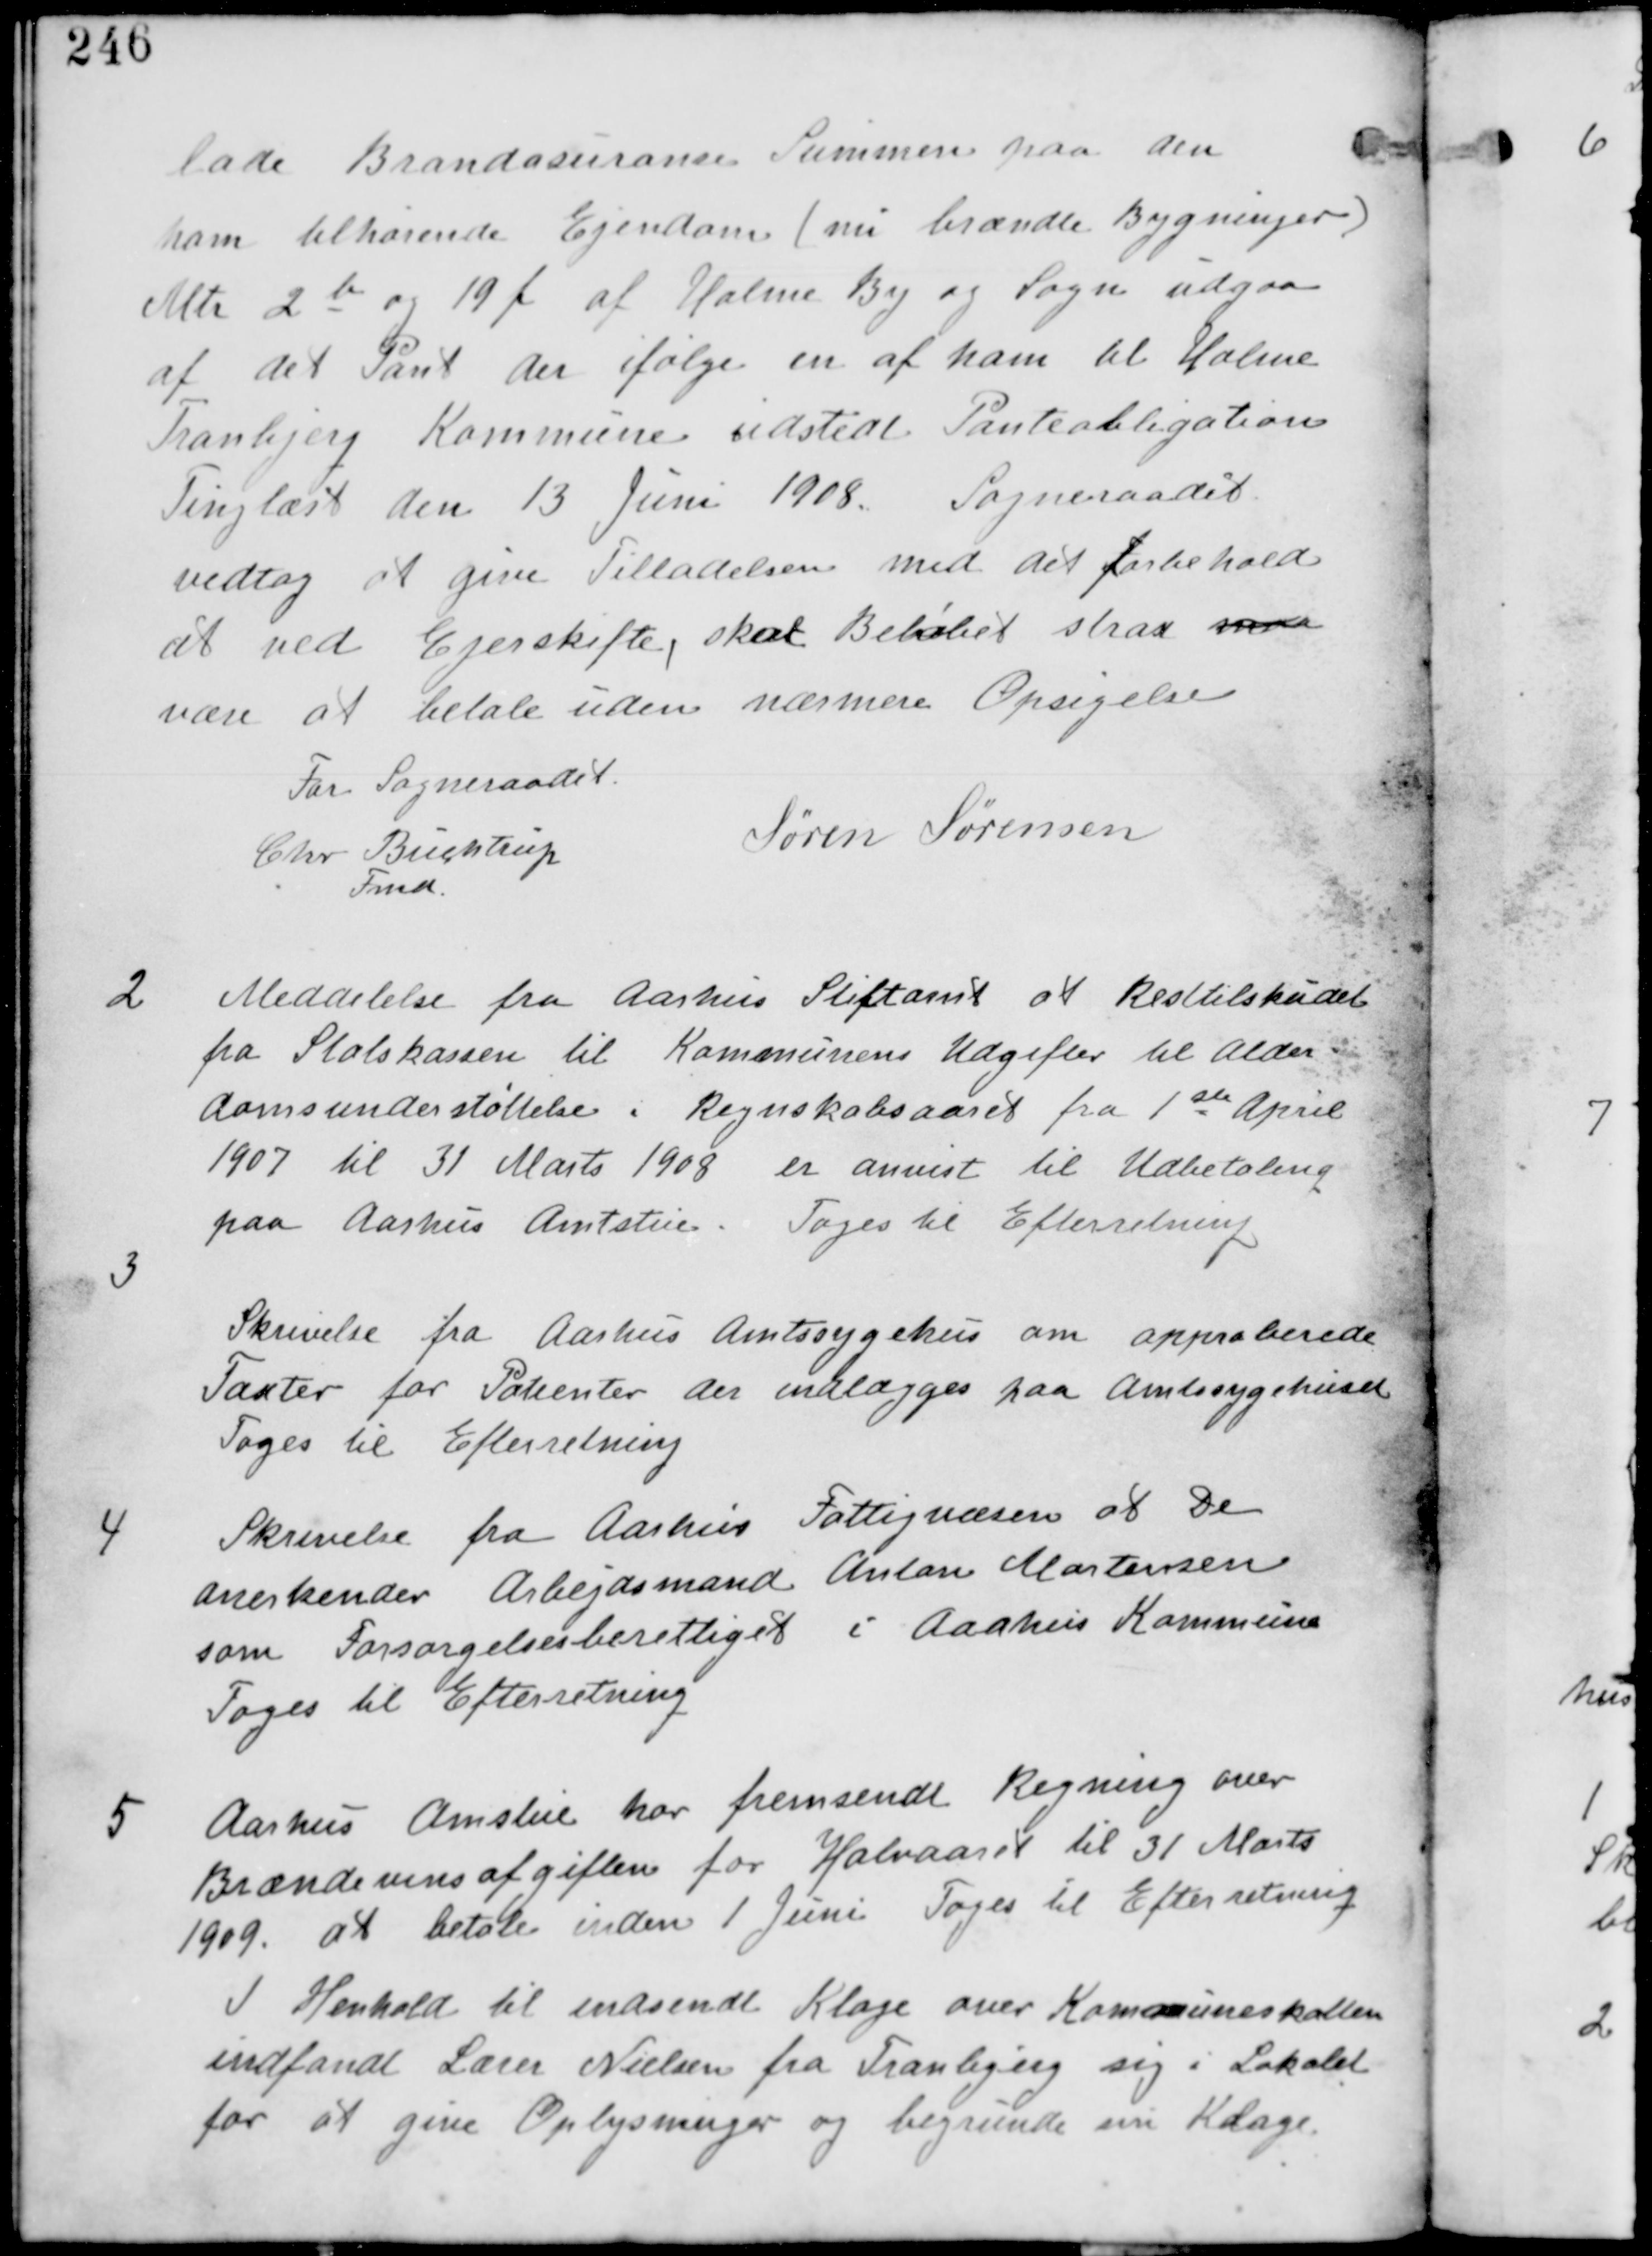
Transskription:
lade Brandasurance Summen paa den
ham tilhørende Ejendom (nu brændte Bygninger)
Mtr 2b og 19f af Holme By og Sogn udgaar
af det pant der ifølge en af ham til Holme
Tranbjerg Kommune udstedt Panteobligation
Tinglæst den 13 Juni 1908. Sogneraadet
vedtog at give Tilladelsen med det Forbehold
at ved Ejerskifte, skal Beløbet strax
vøre at betale uden nærmere Opsigelse.
For Sogneraadet
Chr Buchtrup
Fmd
Søren Knudsen

2
Meddelelse fra Aarhus Stiftamt at Resttilskudet
fra Slotsholmen til Kommunens Udgifter til Alder
domsunderstøttelse i Regnskabsaaret fra 1ste April
1907 til 31 Marts 1908 er anvist til Udbetaling
paa Aarhus Amtstue. Tages til Efterretning.

3
Skrivelse fra Aarhus Amtssygehus om approberede
Taxter for Patienter der indlægges paa Amtssygehuset
Tages til Efterretning.

4
Skrivelse fra Aarhus Fattigvæsen at De
Anerkender Arbejdsmand Anton Mortensen
som Forsørgelsesberettiget i Aarhus Kommune
Tages til Efterretning

5 Aarhus Amtstue har fremsendt Regning over
Brændevinsafgiften for Halvaaret til 31 Marts
1909. at betale inden 1 Juni Tages til Efterretning.
I Henhold til indsendt Klage over Kommuneskatten
indfandt Lærer Nielsen fra Tranbjerg sig i Lokalet
for at give Oplysninger og begrunde sin Klage